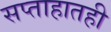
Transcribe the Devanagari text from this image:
सप्ताहातही